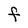
Character: F